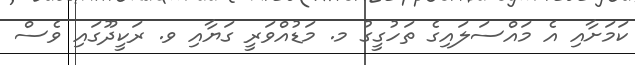
ކަމަށާއި އެ މައްސަލައިގެ ތަހުގީގު މ. މަޑުއްވަރީ ގަޔާއި ވ. ރަކީދޫގައި ވެސް